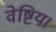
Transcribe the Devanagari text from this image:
वेष्टिय।